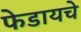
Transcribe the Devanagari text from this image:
फेडायचे